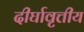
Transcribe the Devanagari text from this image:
दीर्घावृत्तीय